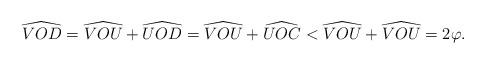
LaTeX: \begin{align*}\widehat{VOD}=\widehat{VOU}+\widehat{UOD}=\widehat{VOU}+\widehat{UOC}<\widehat{VOU}+\widehat{VOU}=2\varphi.\end{align*}